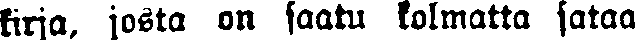
kirja, josta on saatu kolmatta sataa